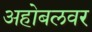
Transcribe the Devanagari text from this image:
अहोबलवर